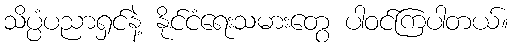
သိပ္ပံပညာရှင်နဲ့ နိုင်ငံရေးသမားတွေ ပါဝင်ကြပါတယ်။